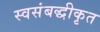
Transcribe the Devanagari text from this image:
स्वसंबद्धीकृत